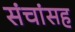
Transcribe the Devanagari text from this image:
संचांसह